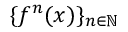
\{ f ^ { n } ( x ) \} _ { n \in \mathbb { N } }